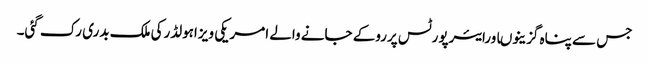
جس سے پناہ گزینوںاورایئرپورٹس پرروکے جانے والے امریکی ویزاہولڈرکی ملک بدری رک گئی۔